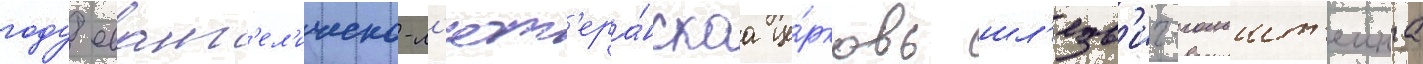
году еванг'ел'ическо-л'ют'ера́нскаа це́рковь шл'езв'иг-гольшт'еина